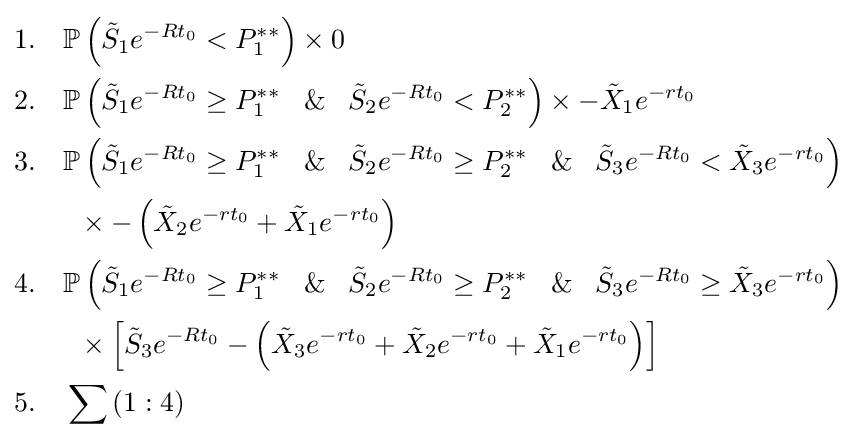
{\begin{alignedat}{7}&1.\quad \mathbb {P} \left({\tilde {S}}_{1}e^{-Rt_{0}}<P_{1}^{**}\right)\times 0\\&2.\quad \mathbb {P} \left({\tilde {S}}_{1}e^{-Rt_{0}}\geq P_{1}^{**}\;\And \;{\tilde {S}}_{2}e^{-Rt_{0}}<P_{2}^{**}\right)\times -{\tilde {X}}_{1}e^{-rt_{0}}\\&3.\quad \mathbb {P} \left({\tilde {S}}_{1}e^{-Rt_{0}}\geq P_{1}^{**}\;\And \;{\tilde {S}}_{2}e^{-Rt_{0}}\geq P_{2}^{**}\;\And \;{\tilde {S}}_{3}e^{-Rt_{0}}<{\tilde {X}}_{3}e^{-rt_{0}}\right)\\&\qquad \;\times -\left({\tilde {X}}_{2}e^{-rt_{0}}+{\tilde {X}}_{1}e^{-rt_{0}}\right)\\&4.\quad \mathbb {P} \left({\tilde {S}}_{1}e^{-Rt_{0}}\geq P_{1}^{**}\;\And \;{\tilde {S}}_{2}e^{-Rt_{0}}\geq P_{2}^{**}\;\And \;{\tilde {S}}_{3}e^{-Rt_{0}}\geq {\tilde {X}}_{3}e^{-rt_{0}}\right)\\&\qquad \;\times \left[{\tilde {S}}_{3}e^{-Rt_{0}}-\left({\tilde {X}}_{3}e^{-rt_{0}}+{\tilde {X}}_{2}e^{-rt_{0}}+{\tilde {X}}_{1}e^{-rt_{0}}\right)\right]\\&5.\quad \sum \left(1:4\right)\\\end{alignedat}}